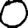
Digit: 0